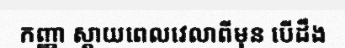
កញ្ញា ស្តាយពេលវេលាពីមុន បើដឹង